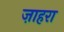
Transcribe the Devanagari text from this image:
ज़ाहरा